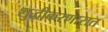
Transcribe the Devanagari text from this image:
शुद्धीकरणारात